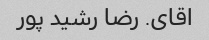
اقای. رضا رشید پور